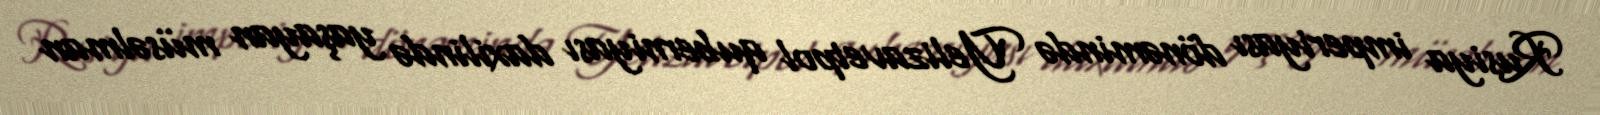
Rusiya imperiyası dönəmində Yelizavetpol quberniyası daxilində yaşayan müsəlman